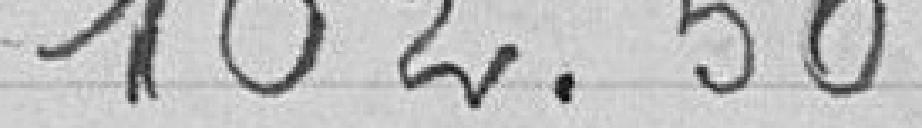
102.50